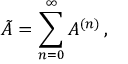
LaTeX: \tilde { A } = \sum _ { n = 0 } ^ { \infty } A ^ { ( n ) } \, ,